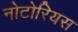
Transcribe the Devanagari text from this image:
नोटोरियस